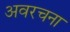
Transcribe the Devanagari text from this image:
अवरचना